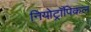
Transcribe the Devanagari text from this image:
नियोट्रॉपिकल